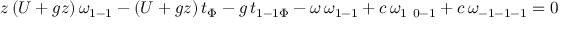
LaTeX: z \, ( U + g z ) \, \omega _ { 1 - 1 } - ( U + g z ) \, t _ { \Phi } - g \, t _ { 1 - 1 \Phi } - \omega \, \omega _ { 1 - 1 } + c \, \omega _ { 1 \ 0 - 1 } + c \, \omega _ { - 1 - 1 - 1 } = 0